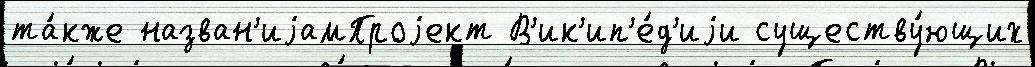
та́кже назван'иjамПроjект В'ик'ип'е́д'иjи существу́ющих